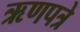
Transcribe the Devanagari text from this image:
ऋणपत्रे